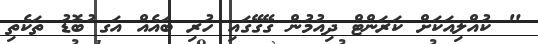
" ކުއްލިއަކަށް ކަރަންޓް ދިއުމުން ގޭގޭގައި ހުރި ބައެއް އަގ ުބޮޑު ތަކެތި